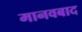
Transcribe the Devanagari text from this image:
मानवबाद